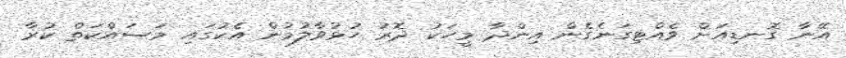
އޭނާ ގޮނޑިއަށް ވެއްޓިގަނެގެން އިންދާ މީހަކު ދޮރު ހުޅުވާލުމުން އެކުގައި މަސައްކަތް ކުރާ